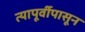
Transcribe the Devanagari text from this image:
त्यापूर्वीपासून